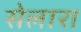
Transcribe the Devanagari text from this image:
सेलारा